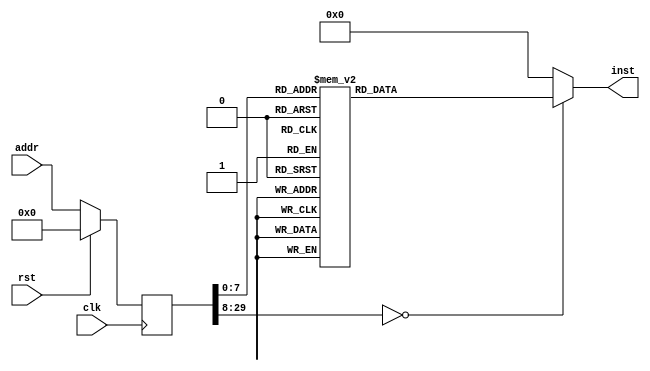
module asmtest(input clk, input rst, input [29:0] addr, output reg [31:0] inst);
reg [29:0] addr_r;
always @(posedge clk)
begin
addr_r <= (rst) ? (30'b0) : (addr);
end
always @(*)
begin
case(addr_r)
30'h00000000: inst = 32'h401a6800;
30'h00000001: inst = 32'h401b6000;
30'h00000002: inst = 32'h00000000;
30'h00000003: inst = 32'h337bfc00;
30'h00000004: inst = 32'h035bd024;
30'h00000005: inst = 32'h335b8000;
30'h00000006: inst = 32'h1760000d;
30'h00000007: inst = 32'h00000000;
30'h00000008: inst = 32'h335b4000;
30'h00000009: inst = 32'h17600016;
30'h0000000a: inst = 32'h00000000;
30'h0000000b: inst = 32'h335b0800;
30'h0000000c: inst = 32'h1760001f;
30'h0000000d: inst = 32'h00000000;
30'h0000000e: inst = 32'h335b0400;
30'h0000000f: inst = 32'h17600038;
30'h00000010: inst = 32'h00000000;
30'h00000011: inst = 32'h08000066;
30'h00000012: inst = 32'h00000000;
30'h00000013: inst = 32'h00000000;
30'h00000014: inst = 32'h401a6800;
30'h00000015: inst = 32'h00000000;
30'h00000016: inst = 32'h335a7ffe;
30'h00000017: inst = 32'h409a6800;
30'h00000018: inst = 32'h00000000;
30'h00000019: inst = 32'h401a1000;
30'h0000001a: inst = 32'h3c1b02fa;
30'h0000001b: inst = 32'h377bf080;
30'h0000001c: inst = 32'h037ad020;
30'h0000001d: inst = 32'h409a1000;
30'h0000001e: inst = 32'h08000066;
30'h0000001f: inst = 32'h00000000;
30'h00000020: inst = 32'h401a6800;
30'h00000021: inst = 32'h00000000;
30'h00000022: inst = 32'h335abffe;
30'h00000023: inst = 32'h409a6800;
30'h00000024: inst = 32'h3c1ac100;
30'h00000025: inst = 32'h375a000c;
30'h00000026: inst = 32'h8f5b0000;
30'h00000027: inst = 32'h00000000;
30'h00000028: inst = 32'h277b0001;
30'h00000029: inst = 32'haf5b0000;
30'h0000002a: inst = 32'h08000066;
30'h0000002b: inst = 32'h00000000;
30'h0000002c: inst = 32'h401a6800;
30'h0000002d: inst = 32'h00000000;
30'h0000002e: inst = 32'h335af7fe;
30'h0000002f: inst = 32'h409a6800;
30'h00000030: inst = 32'h3c1ac100;
30'h00000031: inst = 32'h375a0004;
30'h00000032: inst = 32'h8f5b0000;
30'h00000033: inst = 32'h275a0004;
30'h00000034: inst = 32'h8f5a0000;
30'h00000035: inst = 32'h00000000;
30'h00000036: inst = 32'h137a002f;
30'h00000037: inst = 32'h00000000;
30'h00000038: inst = 32'h3c1ac100;
30'h00000039: inst = 32'h375a0008;
30'h0000003a: inst = 32'h8f5b0000;
30'h0000003b: inst = 32'h00000000;
30'h0000003c: inst = 32'h277b0001;
30'h0000003d: inst = 32'haf5b0000;
30'h0000003e: inst = 32'h3c1ac100;
30'h0000003f: inst = 32'h375a0004;
30'h00000040: inst = 32'h8f5b0000;
30'h00000041: inst = 32'h275a017c;
30'h00000042: inst = 32'h035bd020;
30'h00000043: inst = 32'h8f5a0000;
30'h00000044: inst = 32'h3c1b8000;
30'h00000045: inst = 32'h377b0008;
30'h00000046: inst = 32'h08000066;
30'h00000047: inst = 32'haf7a0000;
30'h00000048: inst = 32'h401a6800;
30'h00000049: inst = 32'h00000000;
30'h0000004a: inst = 32'h335afbfe;
30'h0000004b: inst = 32'h409a6800;
30'h0000004c: inst = 32'haf5b0000;
30'h0000004d: inst = 32'h3c1a8000;
30'h0000004e: inst = 32'h375a000c;
30'h0000004f: inst = 32'h8f5a0000;
30'h00000050: inst = 32'h341b0064;
30'h00000051: inst = 32'h135b0008;
30'h00000052: inst = 32'h00000000;
30'h00000053: inst = 32'h277b0001;
30'h00000054: inst = 32'h135b000b;
30'h00000055: inst = 32'h00000000;
30'h00000056: inst = 32'h3c1bc100;
30'h00000057: inst = 32'haf7a0000;
30'h00000058: inst = 32'h08000066;
30'h00000059: inst = 32'h00000000;
30'h0000005a: inst = 32'h401a6000;
30'h0000005b: inst = 32'h00000000;
30'h0000005c: inst = 32'h335a7ffe;
30'h0000005d: inst = 32'h409a6000;
30'h0000005e: inst = 32'h08000066;
30'h0000005f: inst = 32'h00000000;
30'h00000060: inst = 32'h401a6000;
30'h00000061: inst = 32'h00000000;
30'h00000062: inst = 32'h335abffe;
30'h00000063: inst = 32'h409a6000;
30'h00000064: inst = 32'h08000066;
30'h00000065: inst = 32'h00000000;
30'h00000066: inst = 32'h401b6000;
30'h00000067: inst = 32'h00000000;
30'h00000068: inst = 32'h377b0001;
30'h00000069: inst = 32'h401a7000;
30'h0000006a: inst = 32'h00000000;
30'h0000006b: inst = 32'h03400008;
30'h0000006c: inst = 32'h00000000;
30'h0000006d: inst = 32'h409b6000;
30'h0000006e: inst = 32'h401a6800;
30'h0000006f: inst = 32'h401b6000;
30'h00000070: inst = 32'h00000000;
30'h00000071: inst = 32'h337bfc00;
30'h00000072: inst = 32'h035bd024;
30'h00000073: inst = 32'h335b8000;
30'h00000074: inst = 32'h1760000d;
30'h00000075: inst = 32'h00000000;
30'h00000076: inst = 32'h335b4000;
30'h00000077: inst = 32'h17600016;
30'h00000078: inst = 32'h00000000;
30'h00000079: inst = 32'h335b0800;
30'h0000007a: inst = 32'h1760001f;
30'h0000007b: inst = 32'h00000000;
30'h0000007c: inst = 32'h335b0400;
30'h0000007d: inst = 32'h17600038;
30'h0000007e: inst = 32'h00000000;
30'h0000007f: inst = 32'h080000d4;
30'h00000080: inst = 32'h00000000;
30'h00000081: inst = 32'h00000000;
30'h00000082: inst = 32'h401a6800;
30'h00000083: inst = 32'h00000000;
30'h00000084: inst = 32'h335a7ffe;
30'h00000085: inst = 32'h409a6800;
30'h00000086: inst = 32'h00000000;
30'h00000087: inst = 32'h401a1000;
30'h00000088: inst = 32'h3c1b02fa;
30'h00000089: inst = 32'h377bf080;
30'h0000008a: inst = 32'h037ad020;
30'h0000008b: inst = 32'h409a1000;
30'h0000008c: inst = 32'h080000d4;
30'h0000008d: inst = 32'h00000000;
30'h0000008e: inst = 32'h401a6800;
30'h0000008f: inst = 32'h00000000;
30'h00000090: inst = 32'h335abffe;
30'h00000091: inst = 32'h409a6800;
30'h00000092: inst = 32'h3c1ac100;
30'h00000093: inst = 32'h375a000c;
30'h00000094: inst = 32'h8f5b0000;
30'h00000095: inst = 32'h00000000;
30'h00000096: inst = 32'h277b0001;
30'h00000097: inst = 32'haf5b0000;
30'h00000098: inst = 32'h080000d4;
30'h00000099: inst = 32'h00000000;
30'h0000009a: inst = 32'h401a6800;
30'h0000009b: inst = 32'h00000000;
30'h0000009c: inst = 32'h335af7fe;
30'h0000009d: inst = 32'h409a6800;
30'h0000009e: inst = 32'h3c1ac100;
30'h0000009f: inst = 32'h375a0004;
30'h000000a0: inst = 32'h8f5b0000;
30'h000000a1: inst = 32'h275a0004;
30'h000000a2: inst = 32'h8f5a0000;
30'h000000a3: inst = 32'h00000000;
30'h000000a4: inst = 32'h137a002f;
30'h000000a5: inst = 32'h00000000;
30'h000000a6: inst = 32'h3c1ac100;
30'h000000a7: inst = 32'h375a0008;
30'h000000a8: inst = 32'h8f5b0000;
30'h000000a9: inst = 32'h00000000;
30'h000000aa: inst = 32'h277b0001;
30'h000000ab: inst = 32'haf5b0000;
30'h000000ac: inst = 32'h3c1ac100;
30'h000000ad: inst = 32'h375a0004;
30'h000000ae: inst = 32'h8f5b0000;
30'h000000af: inst = 32'h275a017c;
30'h000000b0: inst = 32'h035bd020;
30'h000000b1: inst = 32'h8f5a0000;
30'h000000b2: inst = 32'h3c1b8000;
30'h000000b3: inst = 32'h377b0008;
30'h000000b4: inst = 32'h080000d4;
30'h000000b5: inst = 32'haf7a0000;
30'h000000b6: inst = 32'h401a6800;
30'h000000b7: inst = 32'h00000000;
30'h000000b8: inst = 32'h335afbfe;
30'h000000b9: inst = 32'h409a6800;
30'h000000ba: inst = 32'haf5b0000;
30'h000000bb: inst = 32'h3c1a8000;
30'h000000bc: inst = 32'h375a000c;
30'h000000bd: inst = 32'h8f5a0000;
30'h000000be: inst = 32'h341b0064;
30'h000000bf: inst = 32'h135b0008;
30'h000000c0: inst = 32'h00000000;
30'h000000c1: inst = 32'h277b0001;
30'h000000c2: inst = 32'h135b000b;
30'h000000c3: inst = 32'h00000000;
30'h000000c4: inst = 32'h3c1bc100;
30'h000000c5: inst = 32'haf7a0000;
30'h000000c6: inst = 32'h080000d4;
30'h000000c7: inst = 32'h00000000;
30'h000000c8: inst = 32'h401a6000;
30'h000000c9: inst = 32'h00000000;
30'h000000ca: inst = 32'h335a7ffe;
30'h000000cb: inst = 32'h409a6000;
30'h000000cc: inst = 32'h080000d4;
30'h000000cd: inst = 32'h00000000;
30'h000000ce: inst = 32'h401a6000;
30'h000000cf: inst = 32'h00000000;
30'h000000d0: inst = 32'h335abffe;
30'h000000d1: inst = 32'h409a6000;
30'h000000d2: inst = 32'h080000d4;
30'h000000d3: inst = 32'h00000000;
30'h000000d4: inst = 32'h401b6000;
30'h000000d5: inst = 32'h00000000;
30'h000000d6: inst = 32'h377b0001;
30'h000000d7: inst = 32'h401a7000;
30'h000000d8: inst = 32'h00000000;
30'h000000d9: inst = 32'h03400008;
30'h000000da: inst = 32'h00000000;
30'h000000db: inst = 32'h409b6000;
default:      inst = 32'h00000000;
endcase
end
endmodule